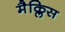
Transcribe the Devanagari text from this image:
मैक्लिस